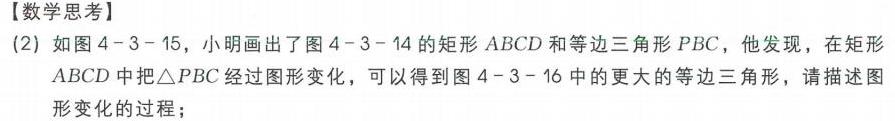
【数学思考】
(2) 如图4 - 3 - 15，小明画出了图4 - 3 - 14的矩形\(ABCD\)和等边三角形\(PBC\)，他发现，在矩形\(ABCD\)中把\(\triangle PBC\)经过图形变化，可以得到图4 - 3 - 16中的更大的等边三角形，请描述图形变化的过程；